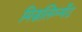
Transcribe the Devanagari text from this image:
मिसलिग्न्मेंट